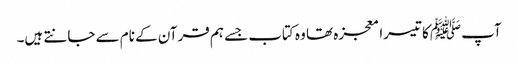
آپﷺ کا تیسرا معجزہ تھا وہ کتاب جسے ہم قرآن کے نام سے جانتے ہیں۔